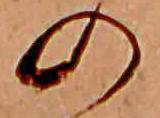
の